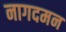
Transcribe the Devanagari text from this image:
नागदमन